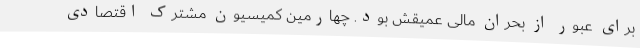
برای عبور از بحران مالی‌ عمیقش بود. چهارمین کمیسیون مشترک اقتصادی